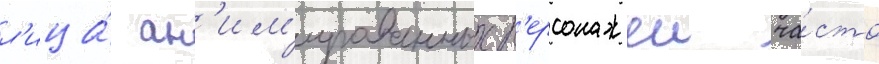
л'ица́ ан'им'ированных п'ерсонажеи ча́сто